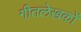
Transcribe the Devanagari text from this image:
गीतलेखकों